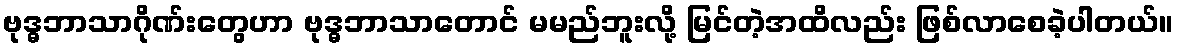
ဗုဒ္ဓဘာသာဂိုဏ်းတွေဟာ ဗုဒ္ဓဘာသာတောင် မမည်ဘူးလို့ မြင်တဲ့အထိလည်း ဖြစ်လာစေခဲ့ပါတယ်။